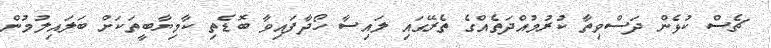
ޗެސް ކުޅެން ދަސްވިތާ ކުރުމުއްދަތެއްގެ ތެރޭގައި ލައިސާ ހޯދާފައިވާ ބޮޑެތި ކާމިޔާބީތަކަށް ބަލައިލުމުން